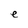
Character: e